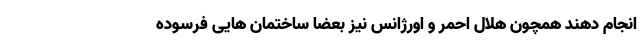
انجام دهند همچون هلال احمر و اورژانس نیز بعضا ساختمان هایی فرسوده